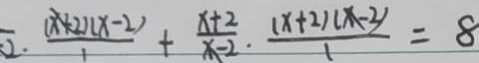
\overline { 2 } . \frac { ( x + 2 ) ( x - 2 ) } { 1 } + \frac { x + 2 } { x - 2 } \cdot \frac { ( x + 2 ) ( x - 2 ) } { 1 } = 8